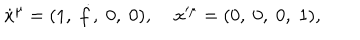
\dot { x } ^ { \mu } = ( 1 , \; \dot { f } , \; 0 , \; 0 ) , \; x ^ { \mu } = ( 0 , \; 0 , \; 0 , \; 1 ) ,